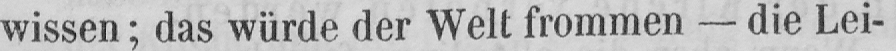
wissen; das würde der Welt frommen - die Lei-